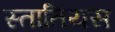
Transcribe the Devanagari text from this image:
स्तातियस